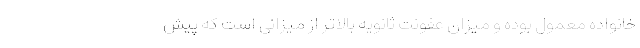
خانواده معمول بوده و میزان عفونت ثانویه بالاتر از میزانی است که پیش